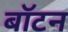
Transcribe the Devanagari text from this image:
बॉटन